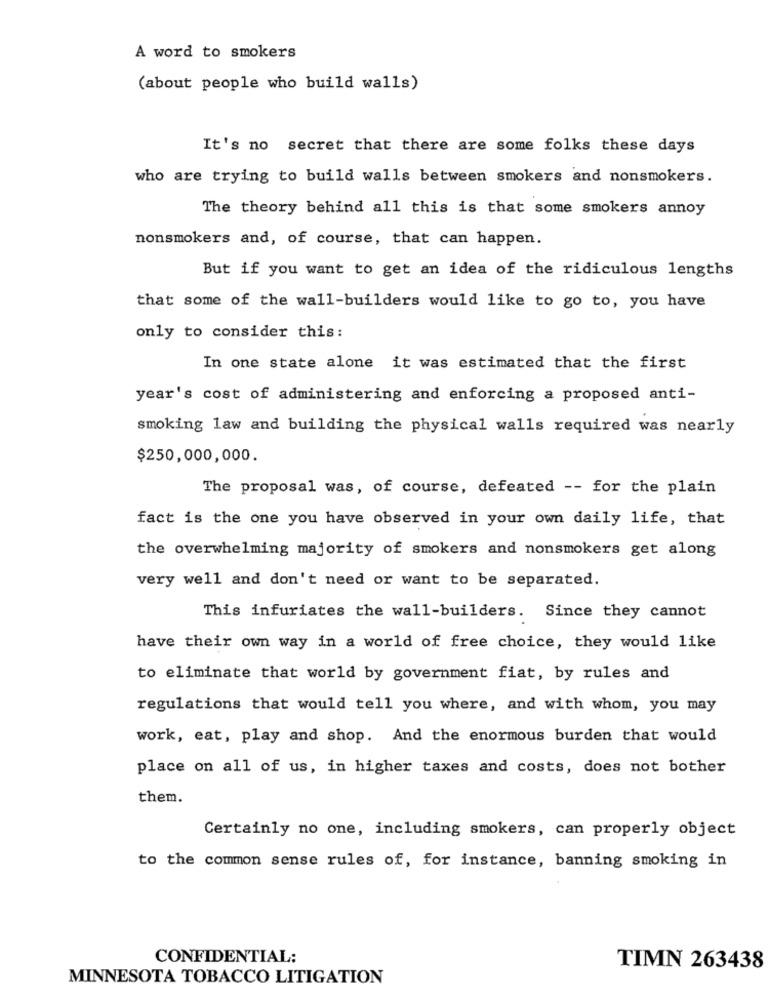
A word to smokers
(about people who build walls)
It's no secret that there are some folks these days
who are trying to build walls between smokers and nonsmokers.
The theory behind all this is that some smokers annoy
nonsmokers and, of course, that can happen.
But if you want to get an idea of the ridiculous lengths
that some of the wall-builders would like to go to, you have
only to consider this:
In one state alone it was estimated that the first
year's cost of administering and enforcing a proposed anti-
smoking law and building the physical walls required was nearly
$250,000,000.
The proposal was, of course, defeated -- for the plain
fact is the one you have observed in your own daily life, that
the overwhelming majority of smokers and nonsmokers get along
very well and don't need or want to be separated.
This infuriates the wall-builders. Since they cannot
have their own way in a world of free choice, they would like
to eliminate that world by government fiat, by rules and
regulations that would tell you where, and with whom, you may
work, eat, play and shop. And the enormous burden that would
place on all of us, in higher taxes and costs, does not bother
them.
Certainly no one, including smokers, can properly object
to the common sense rules of, for instance, banning smoking in
CONFIDENTIAL:
TIMN 263438
MINNESOTA TOBACCO LITIGATION